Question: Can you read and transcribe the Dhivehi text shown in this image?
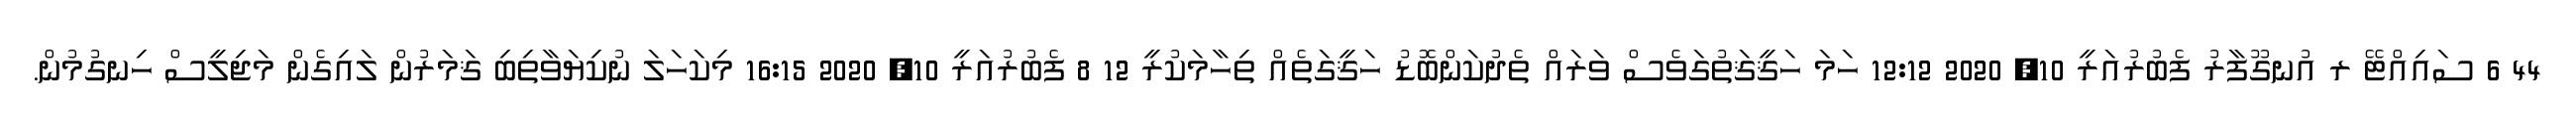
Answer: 44 6 ސައިއްޓޭ ރ އުނގޫފާރު ފެބުރުއަރީ 10, 2020 12:12 ހަމަ ހަޤީޤަތުގަވެސް ވަރައް ތެދުކަންބޮޑު ހަޤީގަތެއް ތިހާމަކުރީ 12 8 ފެބުރުއަރީ 10, 2020 16:15 މިކަހަލަ ނުކިޔަވާތިބި ޤަމަރުން ލައިގެން މަޖިލީސް ހިނގުމުން.